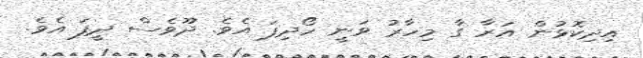
އިދިކޮޅުން އަރާ ގާ މިހާރު ވަނީ ހޯދިފަ އެވެ. ދޫވެސް ދީފަ އެވެ.